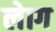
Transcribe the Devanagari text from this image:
लेाग